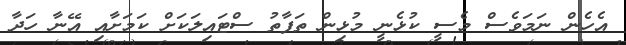
އެހެން ނަމަވެސް މެސީ ކުޅެނީ މުޅިން ތަފާތު ސްޓައިލަކަށް ކަމަށާއި އޭނާ ހަދާ